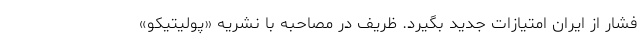
فشار از ایران امتیازات جدید بگیرد. ظریف در مصاحبه با نشریه «پولیتیکو»